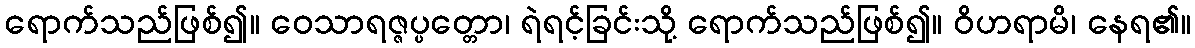
ရောက်သည်ဖြစ်၍။ ဝေသာရဇ္ဇပ္ပတ္တော၊ ရဲရင့်ခြင်းသို့ ရောက်သည်ဖြစ်၍။ ဝိဟရာမိ၊ နေရ၏။